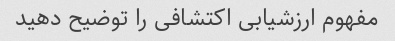
مفهوم ارزشیابی اکتشافی را توضیح دهید